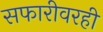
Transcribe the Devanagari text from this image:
सफारीवरही